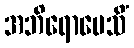
အဘိရောပေသိံ